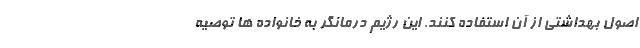
اصول بهداشتی از آن استفاده کنند. این رژیم درمانگر به خانواده ها توصیه